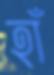
হাঁ